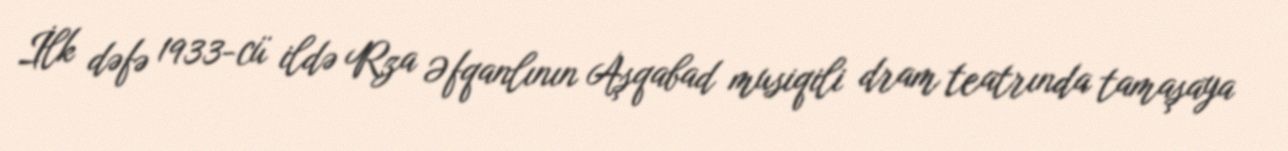
İlk dəfə 1933-cü ildə Rza Əfqanlının Aşqabad musiqili dram teatrında tamaşaya